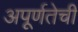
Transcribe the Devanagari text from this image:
अपूर्णतेची